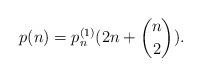
\begin{align*}p(n)=p_{n}^{(1)}(2n+{n \choose 2}).\end{align*}